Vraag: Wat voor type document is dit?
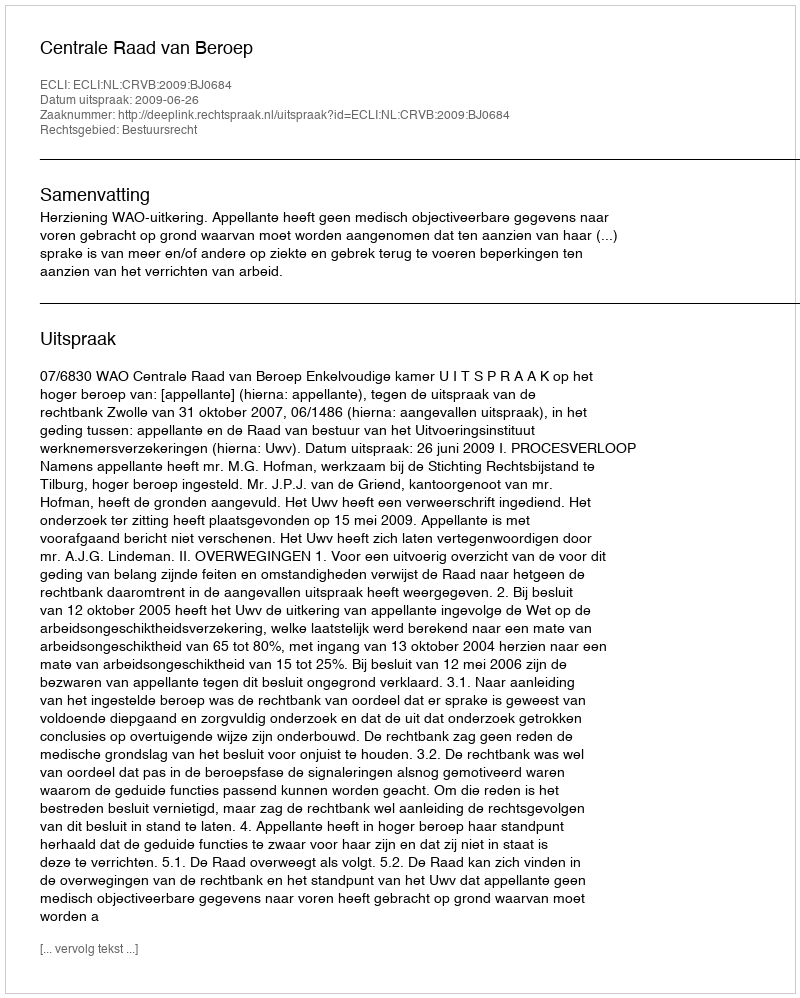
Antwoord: Uitspraak